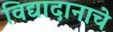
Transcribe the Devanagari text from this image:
विद्यादानाचे